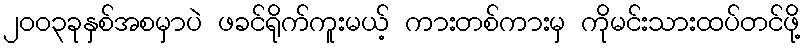
၂၀၀၃ခုနှစ်အစမှာပဲ ဖခင်ရိုက်ကူးမယ့် ကားတစ်ကားမှ ကိုမင်းသားထပ်တင်ဖို့